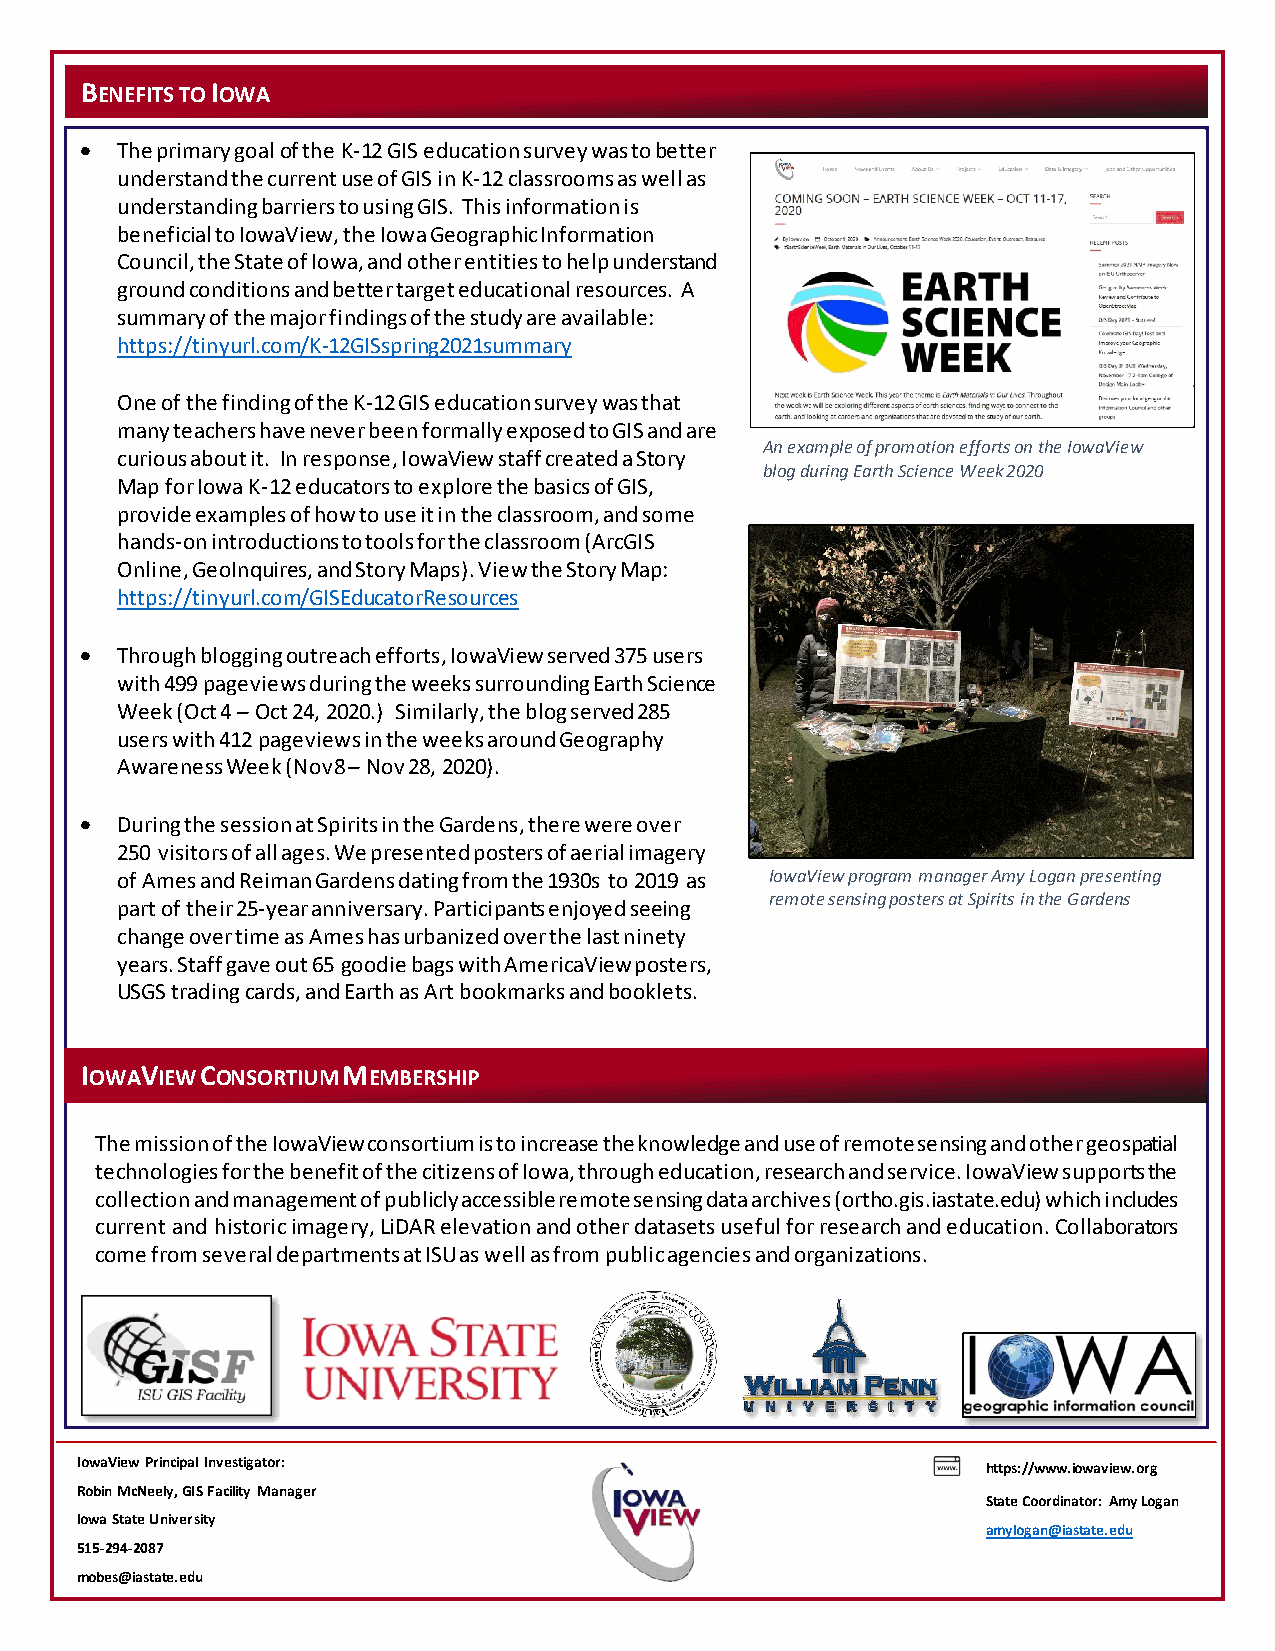
BENEFITS TO IOWA
 •  The primary goal of the K-12 GIS education survey was to better
 understand the current use of GIS in K-12 classrooms as well as
 understanding barriers to using GIS. This information is
 beneficial to IowaView, the Iowa Geographic Information
 Council, the State of Iowa, and other entities to help understand
 ground conditions and better target educational resources. A
 summary of the major findings of the study are available:
 https://tinyurl.com/K-12GISspring2021summary
 One of the finding of the K-12 GIS education survey was that
 many teachers have never been formally exposed to GIS and are
 An example of promotion efforts on the IowaView
 curious about it. In response, IowaView staff created a Story
 blog during Earth Science Week 2020
 Map for Iowa K-12 educators to explore the basics of GIS,
 provide examples of how to use it in the classroom, and some
 hands-on introductions to tools for the classroom (ArcGIS
 Online, GeoInquires, and Story Maps). View the Story Map:
 https://tinyurl.com/GISEducatorResources
 •  Through blogging outreach efforts, IowaView served 375 users
 with 499 pageviews during the weeks surrounding Earth Science
 Week (Oct 4 – Oct 24, 2020.) Similarly, the blog served 285
 users with 412 pageviews in the weeks around Geography
 Awareness Week (Nov 8 – Nov 28, 2020).
 •  During the session at Spirits in the Gardens, there were over
 250 visitors of all ages. We presented posters of aerial imagery
 of Ames and Reiman Gardens dating from the 1930s to 2019 as IowaView program manager Amy Logan presenting
 remote sensing posters at Spirits in the Gardens
 part of their 25-year anniversary. Participants enjoyed seeing
 change over time as Ames has urbanized over the last ninety
 years. Staff gave out 65 goodie bags with AmericaView posters,
 USGS trading cards, and Earth as Art bookmarks and booklets.
 IOWAVIEW CONSORTIUM MEMBERSHIP
 The mission of the IowaView consortium is to increase the knowledge and use of remote sensing and other geospatial
 technologies for the benefit of the citizens of Iowa, through education, research and service. IowaView supports the
 collection and management of publicly accessible remote sensing data archives (ortho.gis.iastate.edu) which includes
 current and historic imagery, LiDAR elevation and other datasets useful for research and education. Collaborators
 come from several departments at ISU as well as from public agencies and organizations.
 Iow aView Principal Investigator:                           https://www.iowaview.org
 Robin McNeely, GIS Facility Manager
 State Coordinator: Amy Logan
 Iow a State University
 amylogan@iastate.edu
 515-294-2087
 mo bes@iastate.edu